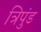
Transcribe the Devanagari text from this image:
त्रिपुंड